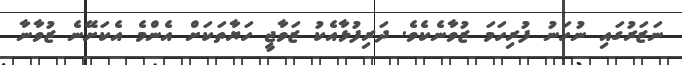
ނަޒަރުގައި ނުހަނު ފުރިހަމަ ޒުވާނެކެވެ. ދަރިފުޅާއެކު ޒަވާޖީ ހަޔާތަކަށް އެންމެ އެކަށޭނެ ޒުވާނާ